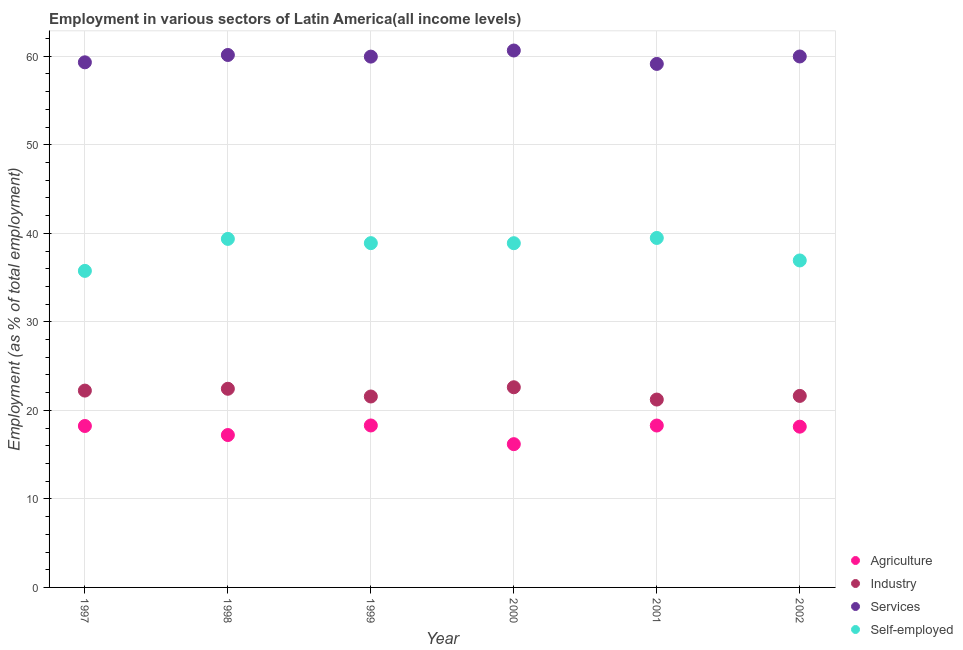
| Year | Agriculture | Industry | Services | Self-employed |
 | --- | --- | --- | --- | --- |
 | 1997 | 18.2 | 22.2 | 59.3 | 35.8 |
 | 1998 | 17.2 | 22.4 | 60.1 | 39.4 |
 | 1999 | 18.3 | 21.6 | 60 | 38.9 |
 | 2000 | 16.2 | 22.6 | 60.6 | 38.9 |
 | 2001 | 18.3 | 21.2 | 59.1 | 39.5 |
 | 2002 | 18.2 | 21.6 | 60 | 36.9 |